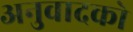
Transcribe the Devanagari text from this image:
अनुवादको